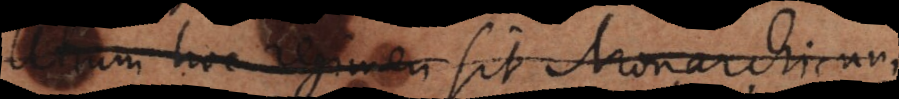
Utrum hoc regimen sit Monarchicum